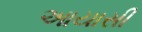
આયાસી